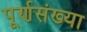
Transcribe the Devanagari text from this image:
पूर्णसंख्या